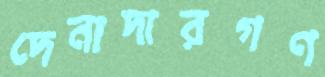
দেনাদারগণ